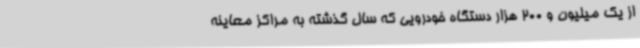
از یک میلیون و 200 هزار دستگاه خودرویی که سال گذشته به مراکز معاینه